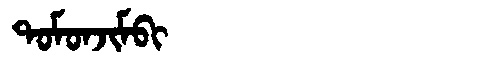
Manchu: ᡨᠣᠮᠣᠨᠵᡳᠮᠪᡳ
Romanization: TOMONJIMBI